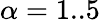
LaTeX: \alpha=1..5